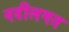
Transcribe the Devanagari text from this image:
नदीलगत